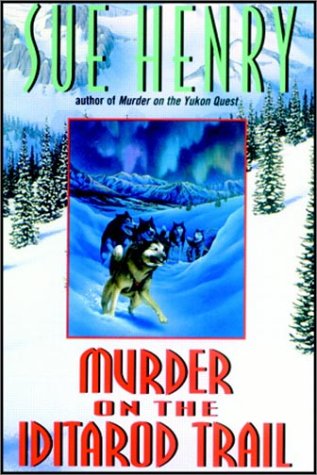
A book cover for Murder on the Iditarod Trail; Sue Henry; Sports & Outdoors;